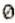
0